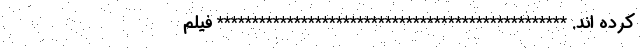
کرده اند. ************************************************** فیلم